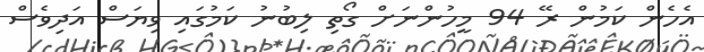
އެހެން ކަމުން ރޭ 94 މީހުންނަށް ގޯތި ލިބުނު ކަމުގައި ވިޔަސް އަދިވެސް